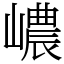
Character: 嶩